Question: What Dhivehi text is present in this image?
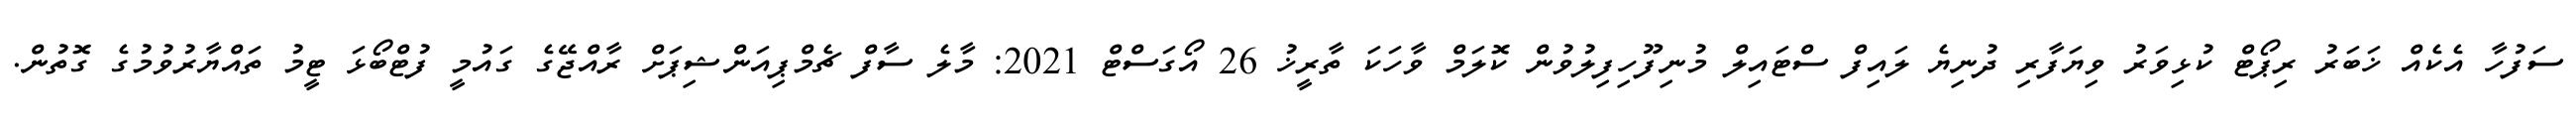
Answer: ސަފުހާ އެކެއް ޚަބަރު ރިޕޯޓް ކުޅިވަރު ވިޔަފާރި ދުނިޔެ ލައިފް ސްޓައިލް މުނިފޫހިފިލުވުން ކޮލަމް ވާހަކަ ތާރީޚު 26 އޯގަސްޓް 2021: މާލެ ސާފް ޗެމްޕިއަންޝިޕަށް ރާއްޖޭގެ ގައުމީ ފުޓްބޯޅަ ޓީމު ތައްޔާރުވުމުގެ ގޮތުން.